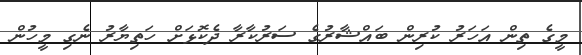
މީގެ ތިން އަހަރު ކުރިން ބައްޝާރުގެ ސަރުކާރާ ދެކޮޅަށް ހަތިޔާރު ނެގި މީހުން